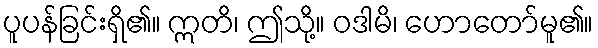
ပူပန်ခြင်းရှိ၏။ ဣတိ၊ ဤသို့။ ဝဒါမိ၊ ဟောတော်မူ၏။